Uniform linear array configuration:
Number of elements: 32
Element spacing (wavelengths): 0.5
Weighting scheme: uniform
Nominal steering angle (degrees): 15
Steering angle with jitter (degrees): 13.542
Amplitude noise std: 0.05
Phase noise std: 0.05

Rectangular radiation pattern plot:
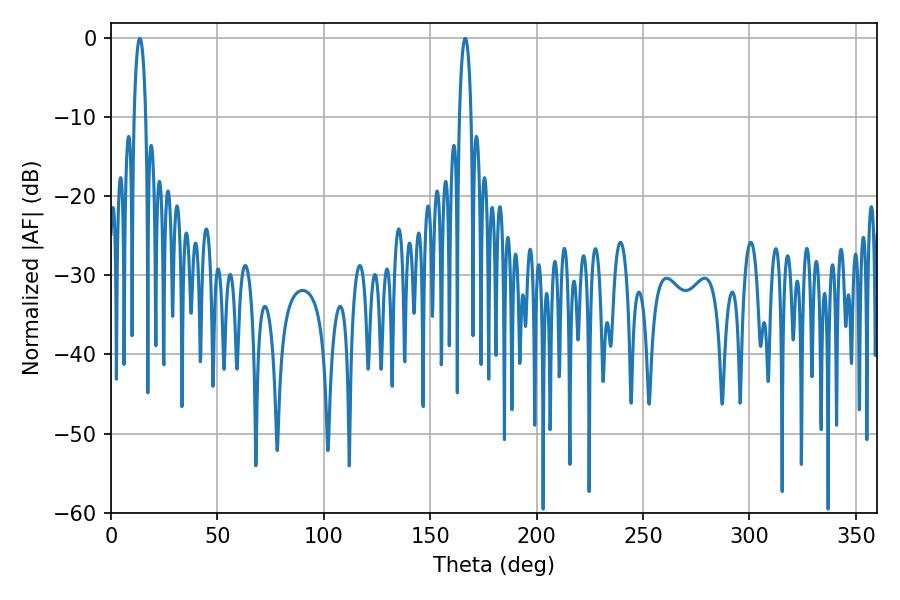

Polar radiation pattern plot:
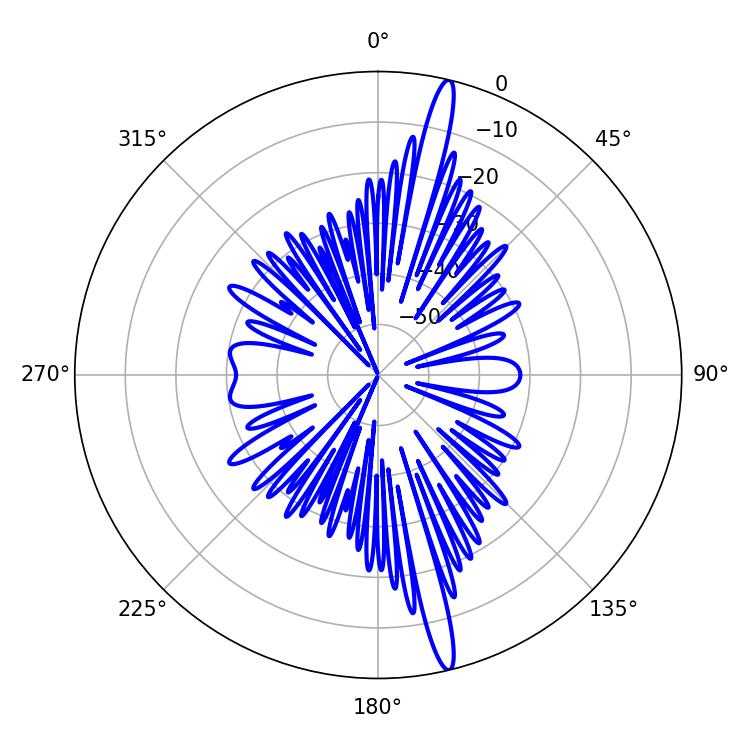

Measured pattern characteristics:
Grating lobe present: FALSE
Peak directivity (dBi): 18.317
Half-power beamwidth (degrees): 3.06
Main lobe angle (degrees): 13.5